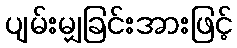
ပျမ်းမျှခြင်းအားဖြင့်